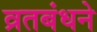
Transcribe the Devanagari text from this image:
व्रतबंधने